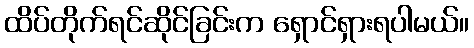
ထိပ်တိုက်ရင်ဆိုင်ခြင်းက ရှောင်ရှားရပါမယ်။